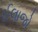
ઈલાજો